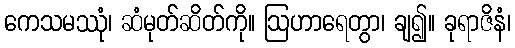
ကေသမဿုံ၊ ဆံမုတ်ဆိတ်ကို။ ဩဟာရေတွာ၊ ချ၍။ ခုရာဇိနံ၊